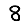
Digit: 8